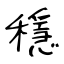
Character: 穩